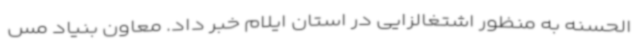
الحسنه به منظور اشتغالزایی در استان ایلام خبر داد. معاون بنیاد مس